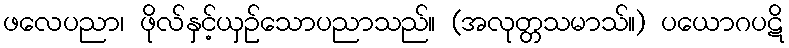
ဖလေပညာ၊ ဖိုလ်နှင့်ယှဉ်သောပညာသည်။ (အလုတ္တသမာသ်။) ပယောဂပဋိ